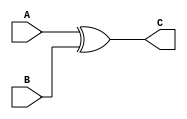
module xor_gate2(
    input  A,
    input  B,
    output C
    );
   assign C = A^B;
endmodule